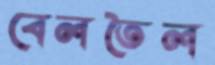
বেলতৈল